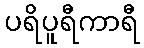
ပရိပူရီကာရီ